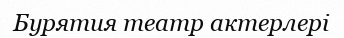
Бурятия театр актерлері